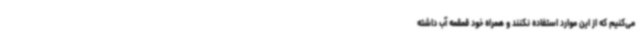
می‌کنیم که از این موارد استفاده نکنند و همراه خود قمقمه آب داشته